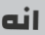
انه